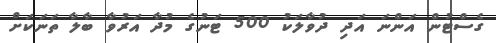
ގެސްޓުން އަންނަ އަދި ދުވާލަކު 500 ޓަނުގެ މުދާ އަރުވާ ބާލާ ތަނަކަށް